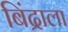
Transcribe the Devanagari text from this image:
बिंद्राला